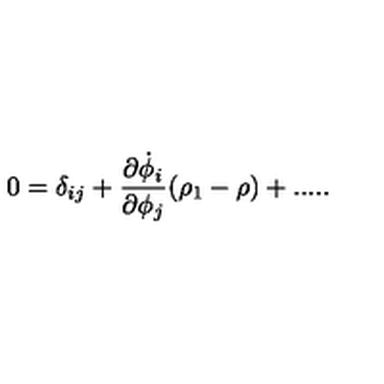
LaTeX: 0 = \delta _ { i j } + { \frac { \partial \dot { \phi } _ { i } } { \partial \phi _ { j } } } ( \rho _ { 1 } - \rho ) + . . . . .